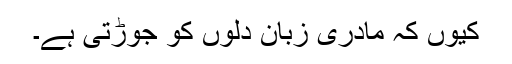
کیوں کہ مادری زبان دلوں کو جوڑتی ہے۔